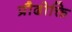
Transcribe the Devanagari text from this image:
प्रौढोक्ति